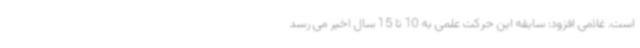
است. غلامی افزود: سابقه این حرکت علمی به 10 تا 15 سال اخیر می رسد